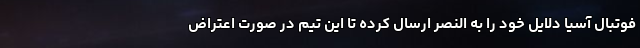
فوتبال آسیا دلایل خود را به النصر ارسال کرده تا این تیم در صورت اعتراض